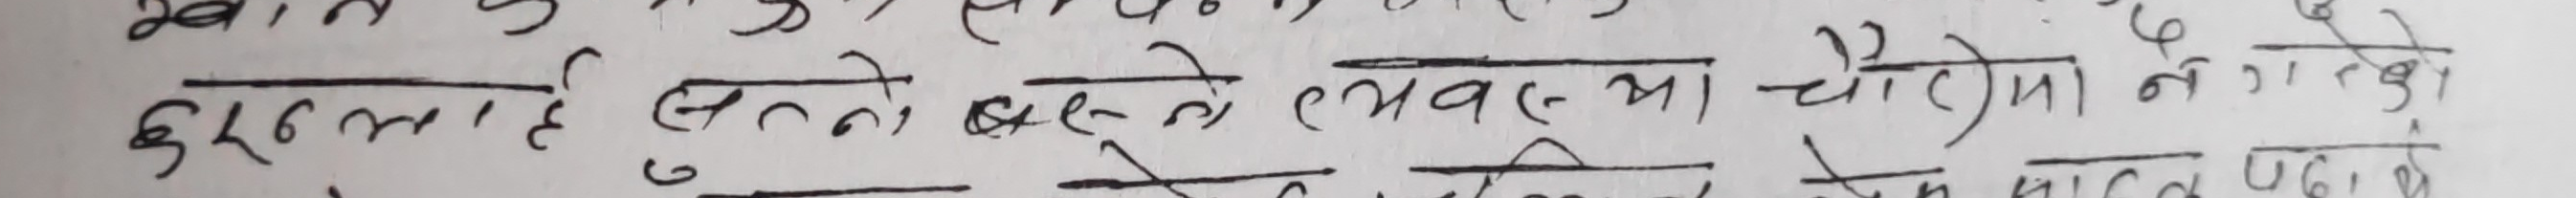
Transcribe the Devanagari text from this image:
दुइलाह सन्ते बस्ने अम्ना चौरिया ने गतको